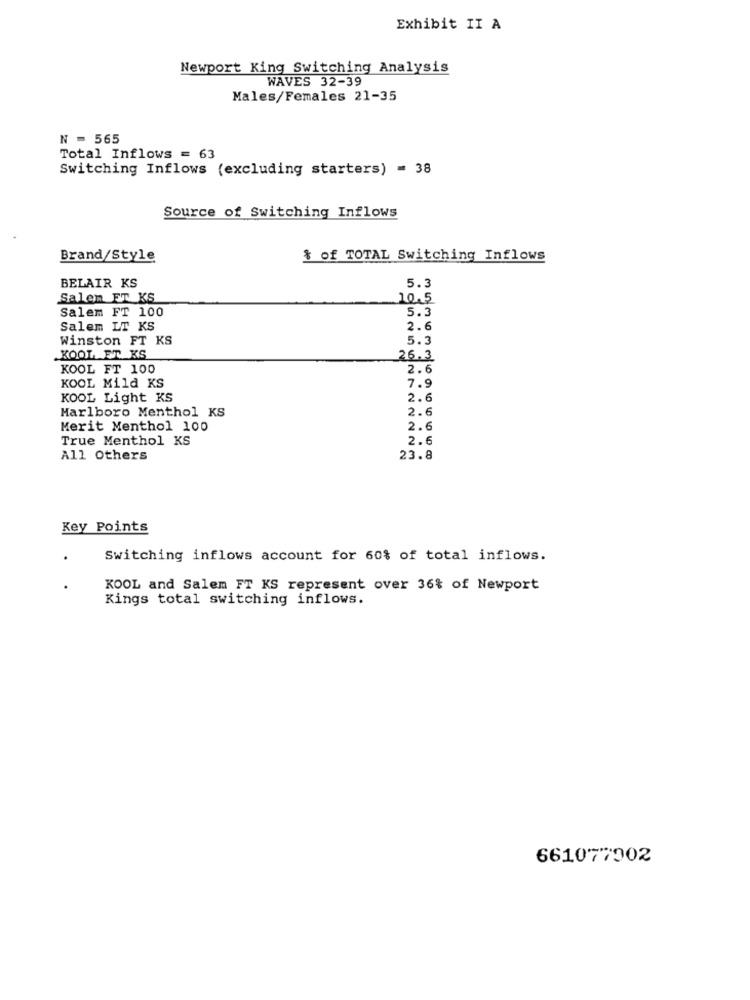
Exhibit II A
Newport King Switching Analysis
WAVES 32-39
Males/Females 21-35
N = 565
Total Inflows = 63
Switching Inflows (excluding starters) = 38
Source of Switching Inflows
Brand/Style
& of TOTAL Switching Inflows
BELAIR KS
5.3
Salem FT KS
10.5
Salem FT 100
5.3
Salem LT KS
2.6
Winston FT KS
5.3
.KOOL ET KS
26.3
KOOL FT 100
2.6
KOOL Mild KS
7.9
KOOL Light KS
2.6
Marlboro Menthol KS
2.6
Merit Menthol 100
2.6
True Menthol KS
2.6
All Others
23.8
Key Points
Switching inflows account for 60% of total inflows.
KOOL and Salem FT KS represent over 36% of Newport
Kings total switching inflows.
661077902